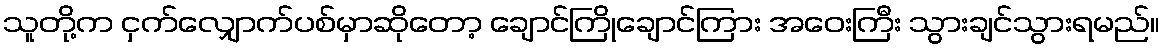
သူတို့က ငှက်လျှောက်ပစ်မှာဆိုတော့ ချောင်ကြိုချောင်ကြား အဝေးကြီး သွားချင်သွားရမည်။